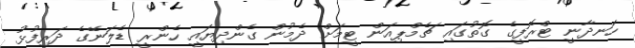
ހަނދާނީ ޓްރޮފީގެ ގޮތުގައި ޗެމްޕިއަން ޓީމަށް ދެމުން ގެންދިޔައީ ހެންރީ ޑެލަނޭގެ ދަރިފުޅު